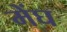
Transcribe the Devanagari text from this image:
मेंघ